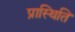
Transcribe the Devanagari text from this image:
प्रास्थिति